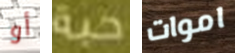
أو حبة اموات